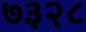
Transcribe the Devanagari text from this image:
७३२८